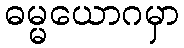
ဓမ္မယောဂမှာ